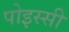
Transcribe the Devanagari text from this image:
पोइस्सी